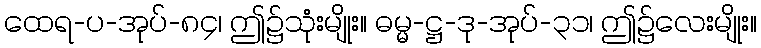
ထေရ-ပ-အုပ်-၈၄၊ ဤ၌သုံးမျိုး။ ဓမ္မ-ဋ္ဌ-ဒု-အုပ်-၃၁၊ ဤ၌လေးမျိုး။